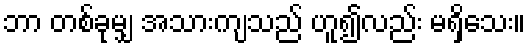
ဘာ တစ်ခုမျှ အသားကျသည် ဟူ၍လည်း မရှိသေး။